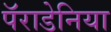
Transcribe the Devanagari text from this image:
पॅराडेनिया